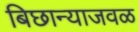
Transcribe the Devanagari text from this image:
बिछान्याजवळ